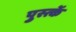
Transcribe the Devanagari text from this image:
पुस्त्कें